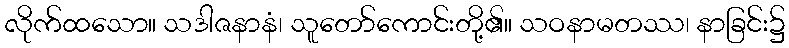
လိုက်ထသော။ သဒါဇနာနံ၊ သူတော်ကောင်းတို့၏။ သဝနာမတဿ၊ နာခြင်း၌